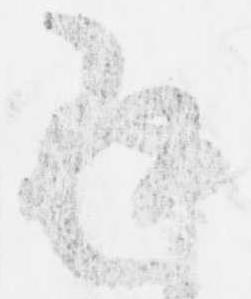
返